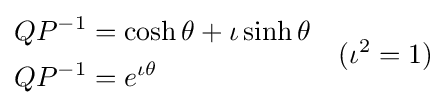
{\begin{aligned}QP^{-1}&=\cosh \theta +\iota \sinh \theta \\QP^{-1}&=e^{\iota \theta }\end{aligned}}\quad (\iota ^{2}=1)